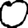
Digit: 0